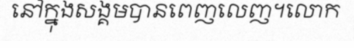
នៅក្នុងសង្គមបានពេញលេញ។លោក